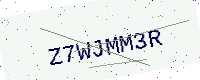
Text: Z7WJMM3R